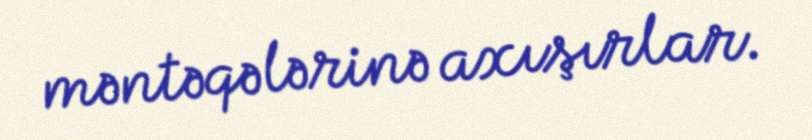
məntəqələrinə axışırlar.